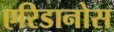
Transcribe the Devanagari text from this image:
एरिडानोस